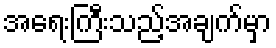
အရေးကြီးသည့်အချက်မှာ